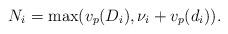
LaTeX: \begin{align*}N_i=\max(v_p(D_i),\nu_i+v_p(d_i)).\end{align*}